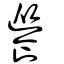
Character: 𩞐